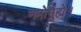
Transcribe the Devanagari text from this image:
नमोगुह्ये।